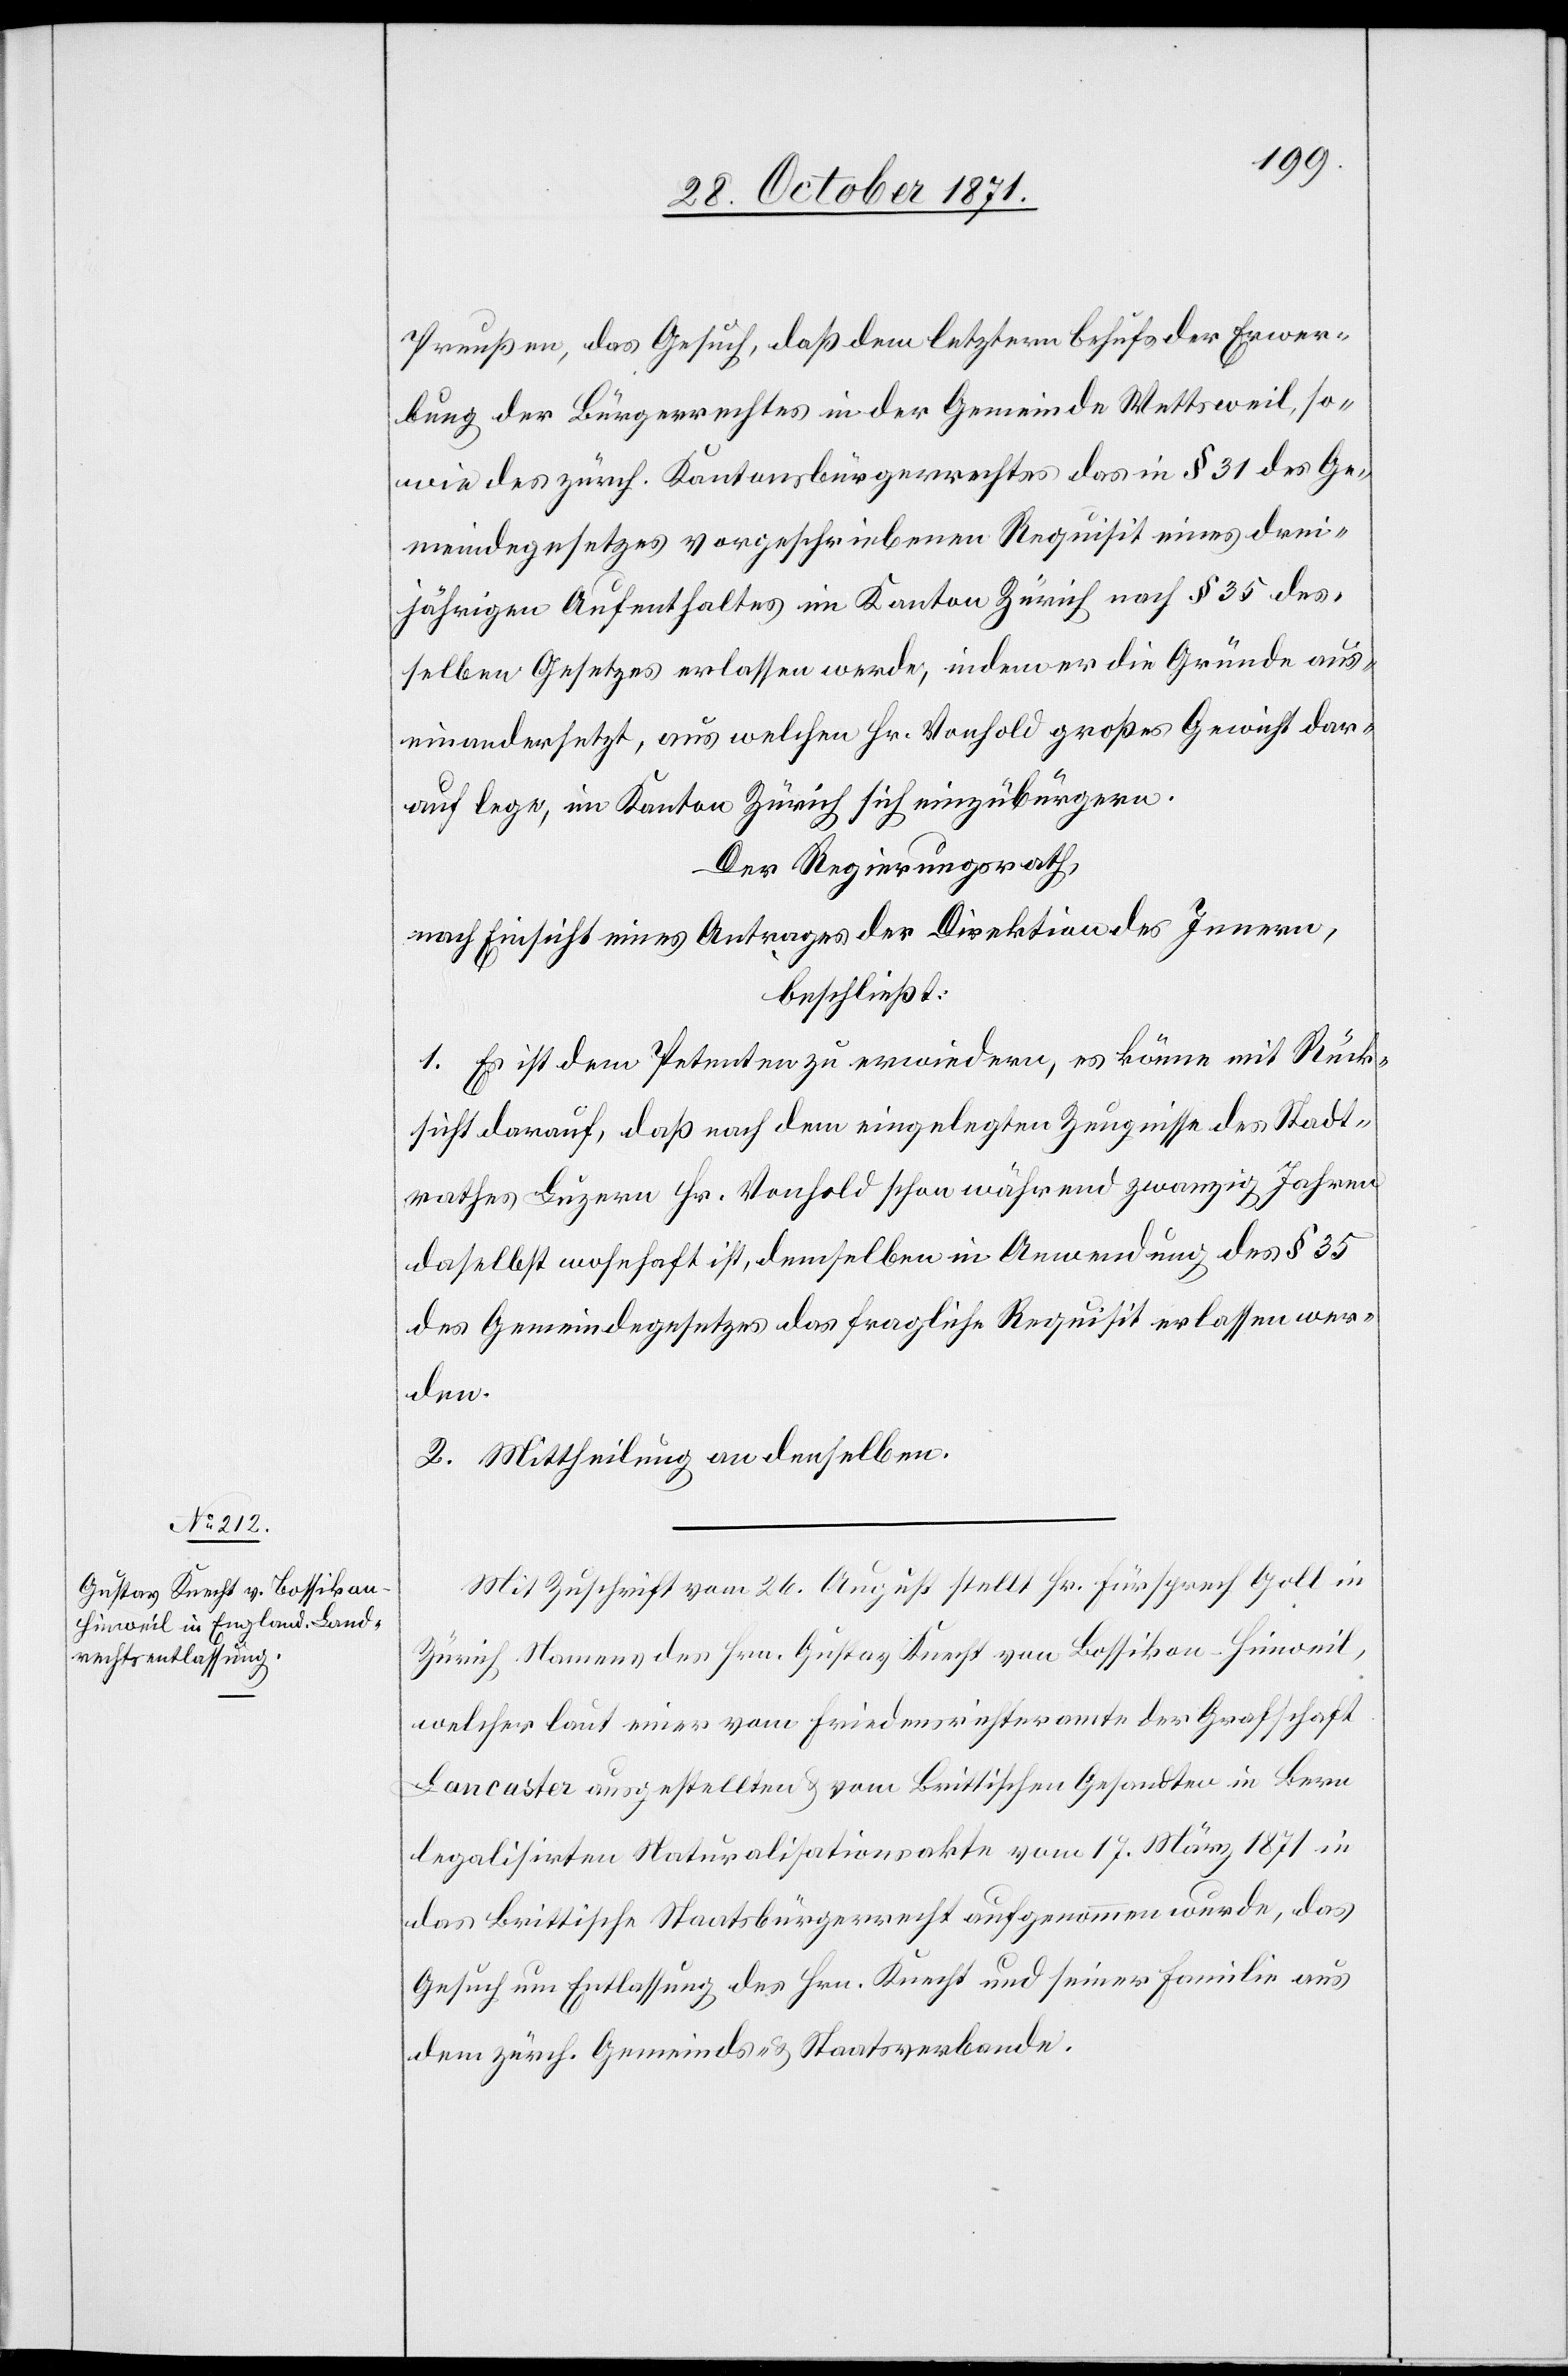
Preußen, das Gesuch, daß dem letztern behufs der Erwer¬
bung des Bürgerrechtes in der Gemeinde Wettsweil, so¬
wie des zürch. Kantonsbürgerrechtes das in § 31 des Ge¬
meindegesetzes vorgeschriebene Requisit eines drei¬
jährigen Aufenthaltes im Kanton Zürich nach § 35 des¬
selben Gesetzes erlassen werde, indem er die Gründe aus¬
einandersetzt, aus welchen Hr. Vonhold großes Gewicht dar¬
auf lege, im Kanton Zürich sich einzubürgern.
Der Regierungsrath,
nach Einsicht eines Antrages der Direktion des Innern,
beschließt:
1. Es ist dem Petenten zu erwiedern, es könne mit Rück¬
sicht darauf, daß nach dem eingelegten Zeugnisse des Stadt¬
rathes Luzern Hr. Vonhold schon während zwanzig Jahren
daselbst wohnhaft ist, demselben in Anwendung des § 35
des Gemeindegesetzes das fragliche Requisit erlassen wer¬
den.
2. Mittheilung an denselben.
Mit Zuschrift vom 26. August stellt Hr. Fürsprech Goll in
Zürich Namens des Hrn. Gustav Knecht von Bossikon-Hinweil,
welcher laut einer vom Friedensrichteramte der Grafschaft
Lancaster ausgestellten & vom Britischen Gesandten in Bern
legalisirten Naturalisationsakte vom 17. März 1871 in
das Britische Staatsbürgerrecht aufgenommen wurde, das
Gesuch um Entlassung des Hrn. Knecht und seiner Familie aus
dem zürch. Gemeinde- & Staatsverbande.